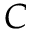
C